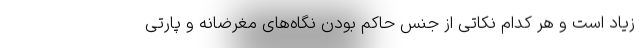
زیاد است و هر کدام نکاتی از جنس حاکم بودن نگاه‌های مغرضانه و پارتی